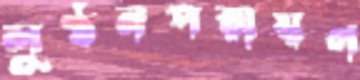
লুণ্ঠনপরায়ণ